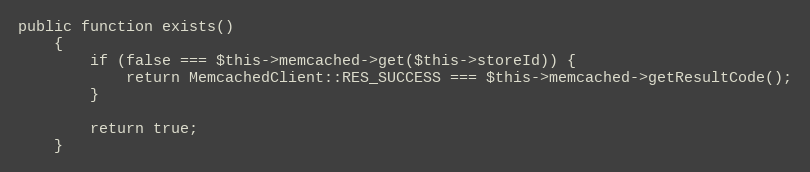
Language: PHP
public function exists()
    {
        if (false === $this->memcached->get($this->storeId)) {
            return MemcachedClient::RES_SUCCESS === $this->memcached->getResultCode();
        }

        return true;
    }